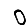
Digit: 0